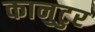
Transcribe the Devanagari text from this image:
कानुटुर